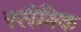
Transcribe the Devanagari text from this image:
स्लैविक